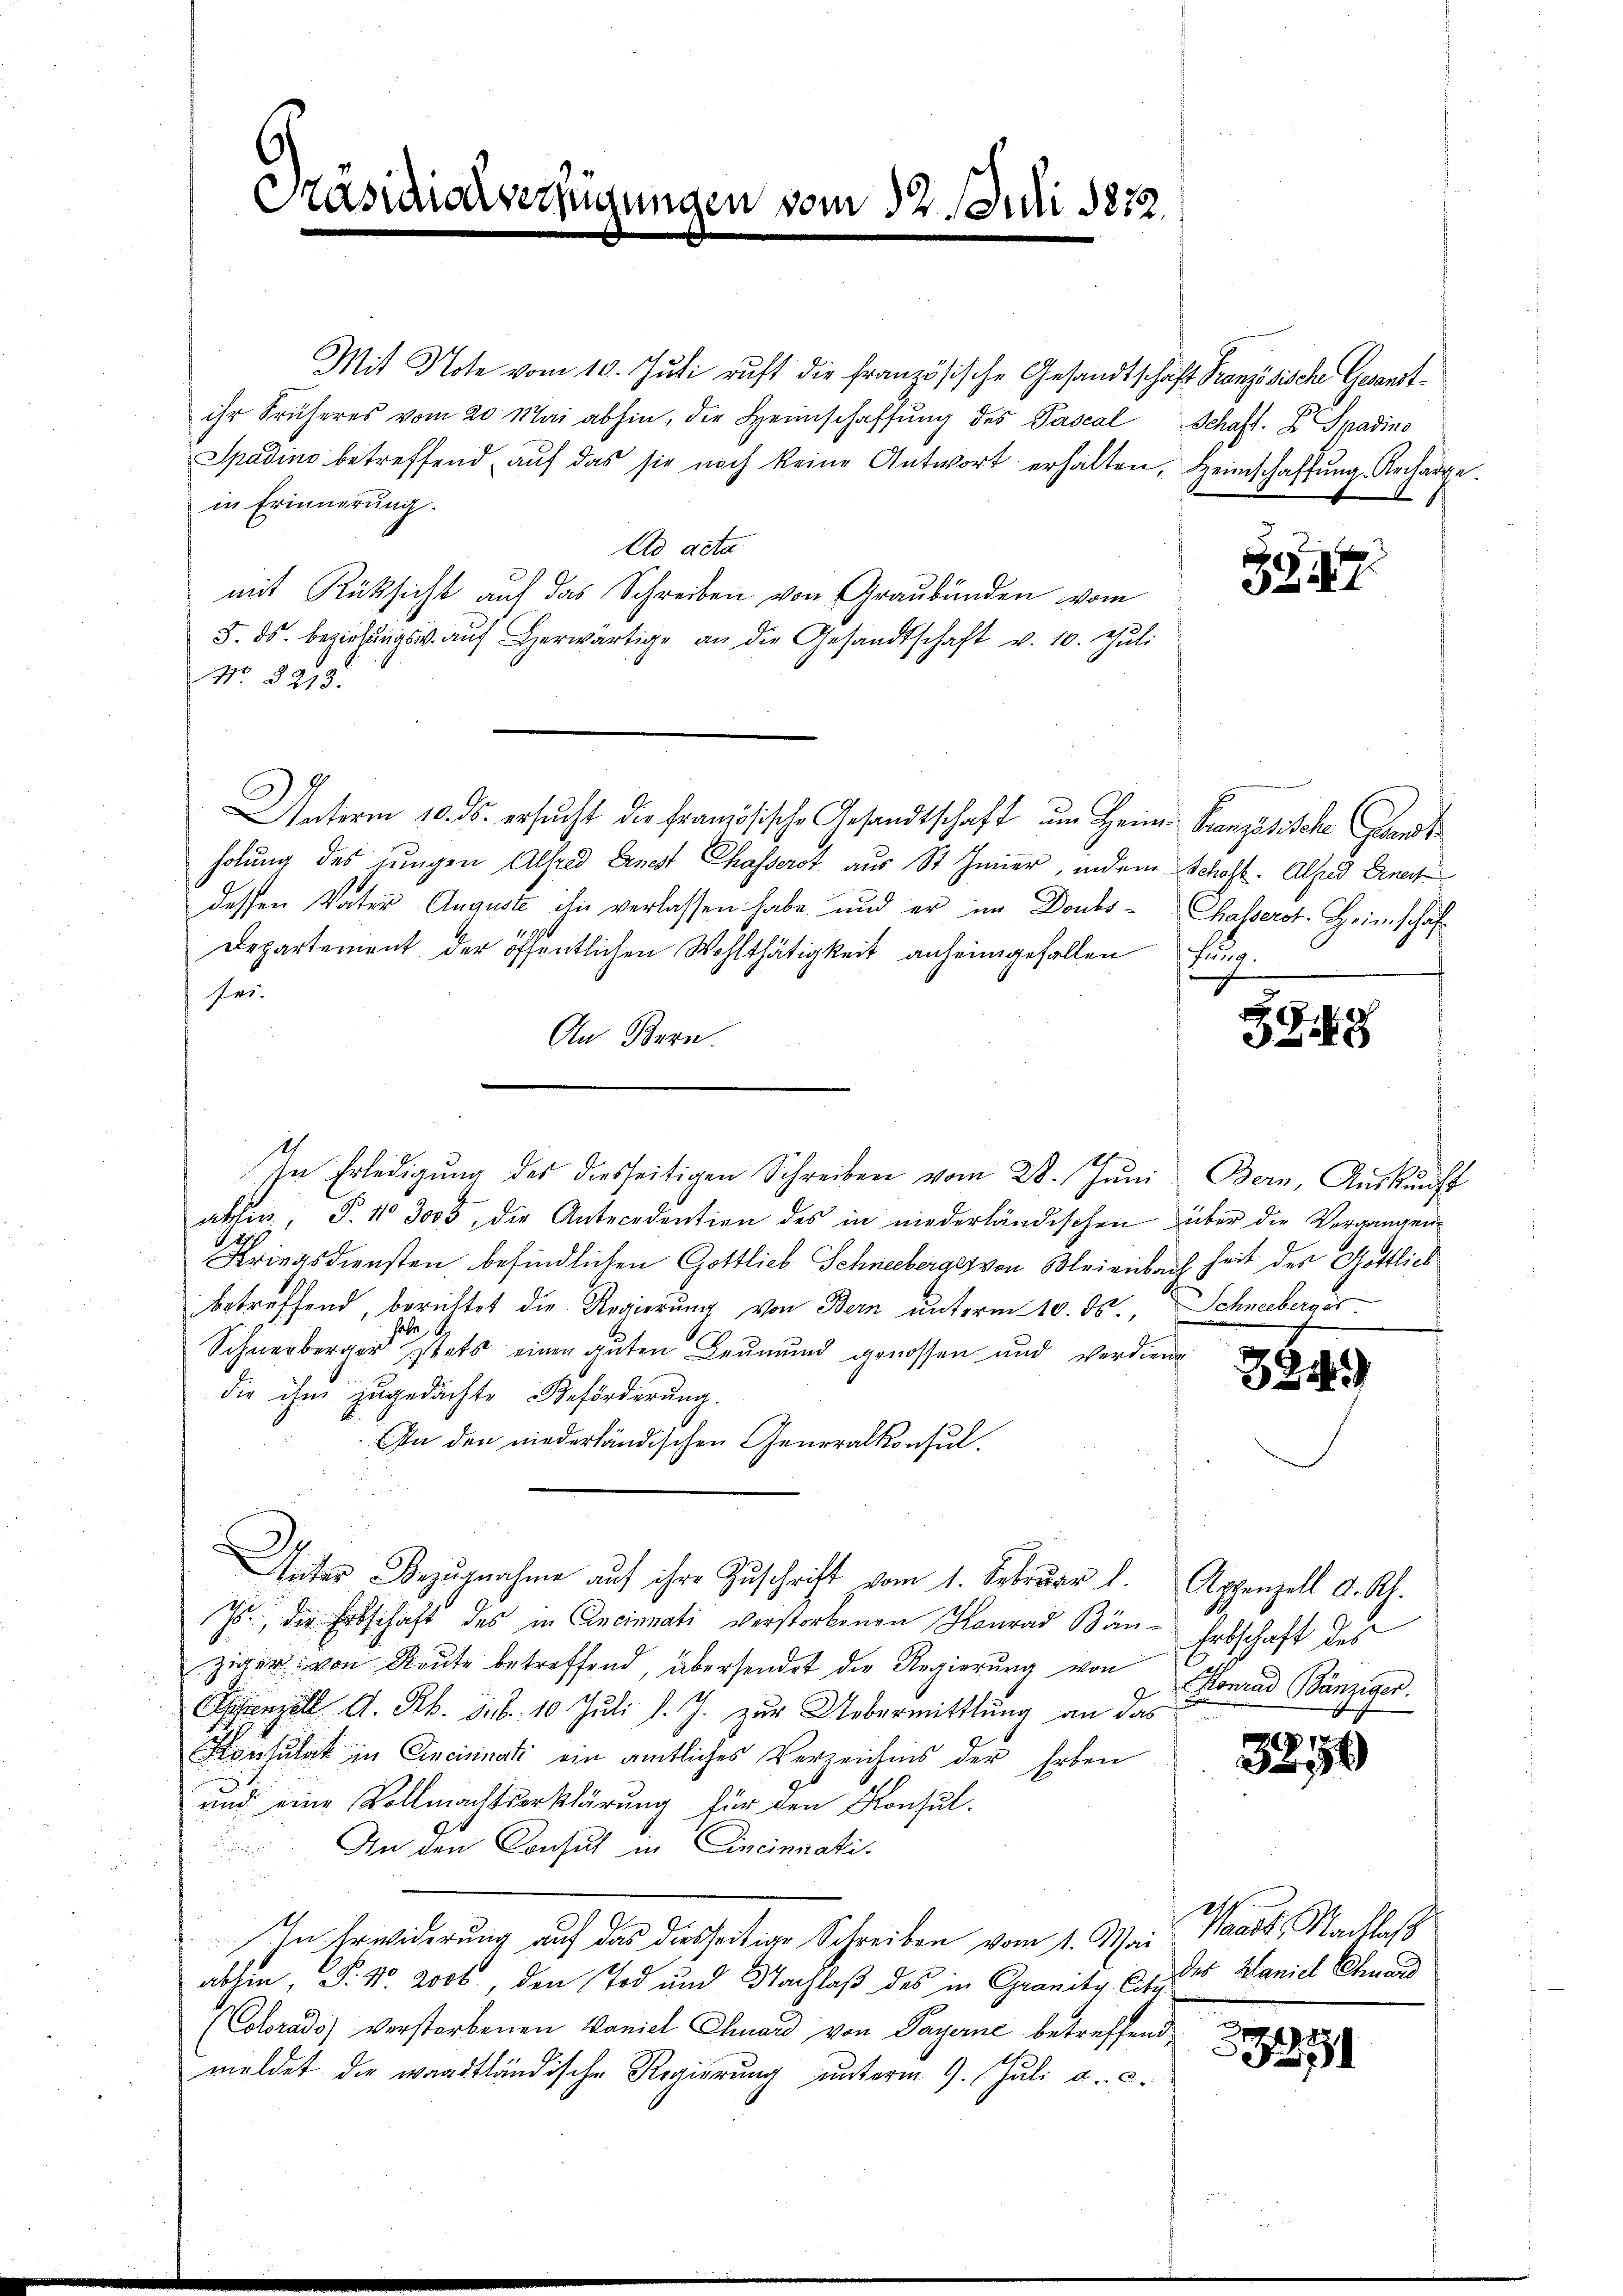
Präsidialverfügungen vom 12. Juli 1832.

Mit Note vom 10. Juli ruft die französische Gesandtschaft Französische Gesandtihr Früheres vom 20. Mai abhin, die Heimschaffŭng des Pascal
Spadino betreffend aŭf das sie noch keine Antwort erhalten, Heimschaffŭng Recharge.
in Erinnerung.
Ad acta
mit Rücksicht auf das Schreiben von Graubünden vom
8. ds. beziehŭngs u. aŭf herwärtige an die Gesandtschaft v. 10. Jŭli
No. 8213.
Unterm 10. ds. ersŭcht die französische Gesandtschaft ŭm Heim-Französische Grandt
holung des jungen Alfred Ernest Chasserst aus St. Jener, indem Schaft. Alfred Ernen
dessen Vater Auguste ihn verlassen habe, und er im Doubs-
Departement der öffentlichen Wohlthätigkeit anheimgefallen
Fri.
An Bern.
abhin, P. 13005, die Antecedention des in niederländischen über die Vergangen
Kriegsdiensten befindlichen Gottlieb Schneeberger von Bleienbach heit der Gottlich
betreffend, berichtet die Regierung von Bern unterm 10. ds., Schneeberges
Schnerberger stets einen guten Leumund genossen und verdiene
die ihm zugedachte Beförderung.
In den niederländischen Generalkonsul
Unter Bezugnahme auf ihre Zuschrift vom 1. Februar l. Appenzell d. Rh.
Js., der Erbschaft des in Aneinnati verstorbenen Konrad Bänziger von Reute betreffend, übersendet die Regierung von
renzell A. R. sub. 10 Juli l. J. zur Uebermittlung an das
Konsulat in Cincininati ein amtliches Verzeichnis der Erben
und eine Vollmachtserklärung für den Konsul
 An den Consul in Cincinati¬
In Erwiderung auf das diesseitige Schreiben vom 1. Mai Waadt, Nachlas
abten, P. Nr. 2000, den Tod und Nachlaß des in Granitz u. des Maniel Ehemand
(Colorado) verstorbenen Vaniel Chuard von Payerne betreffend,
meldet die waadtländische Regierung unterm 9. Juli a. c.

In Erledigung des diesseitigen Schreiben vom 28. Juni Bern, Auskunft

Schaft. Dr Spadino
1

ZG 47

Chasserot. Heimschaft
hung.

39. 48

3849

Erbschaft des
Konrad Bänziger.

3250

33251